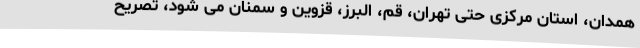
همدان، استان مرکزی حتی تهران، قم، البرز، قزوین و سمنان می شود، تصریح